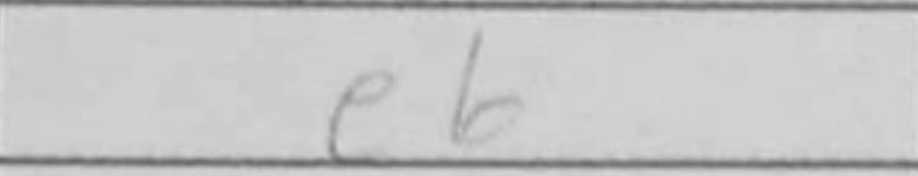
Transcription: e6